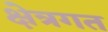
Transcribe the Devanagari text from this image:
क्षेत्रगत